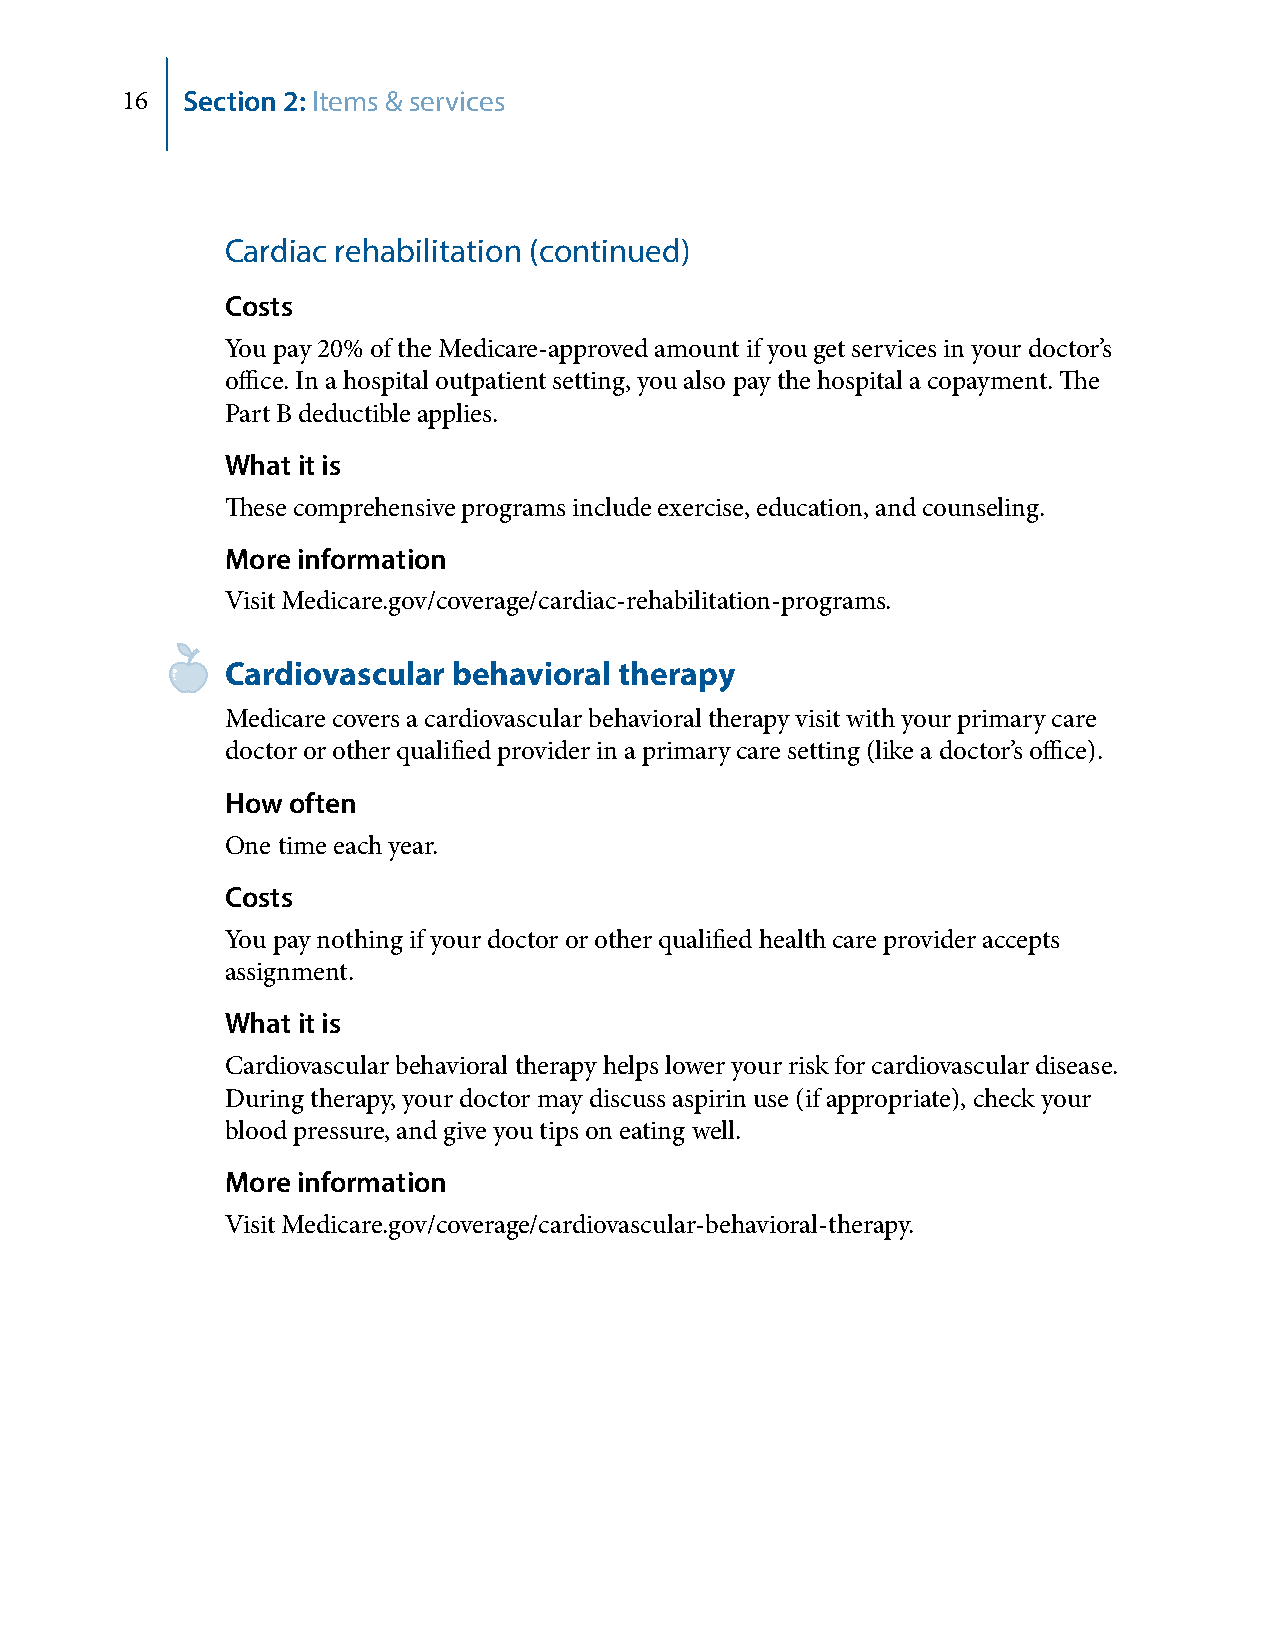
16  Section 2: Items & services
 Cardiac rehabilitation (continued)
 Costs
 You pay 20% of the Medicare-approved amount if you get services in your doctor’s
 office. In a hospital outpatient setting, you also pay the hospital a copayment. The
 Part B deductible applies.
 What it is
 These comprehensive programs include exercise, education, and counseling.
 More information
 Visit Medicare.gov/coverage/cardiac-rehabilitation-programs.
 Cardiovascular behavioral therapy
 Medicare covers a cardiovascular behavioral therapy visit with your primary care
 doctor or other qualified provider in a primary care setting (like a doctor’s office).
 How often
 One time each year.
 Costs
 You pay nothing if your doctor or other qualified health care provider accepts
 assignment.
 What it is
 Cardiovascular behavioral therapy helps lower your risk for cardiovascular disease.
 During therapy, your doctor may discuss aspirin use (if appropriate), check your
 blood pressure, and give you tips on eating well.
 More information
 Visit Medicare.gov/coverage/cardiovascular-behavioral-therapy.